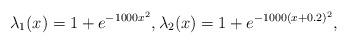
LaTeX: \begin{align*}\lambda_{1}(x)=1+e^{-1000x^2}, \lambda_{2}(x)=1+e^{-1000(x+0.2)^2},\end{align*}